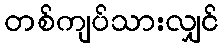
တစ်ကျပ်သားလျှင်